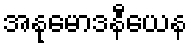
အနုမောဒနီယေန